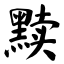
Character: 黩